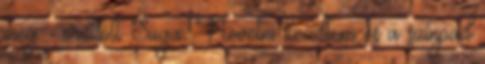
meg - ordított Suga. Nevetni kezdtem és a színpad